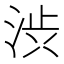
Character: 渋